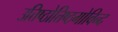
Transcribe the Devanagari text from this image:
उत्तिष्ठोत्तिष्ठगोविन्द